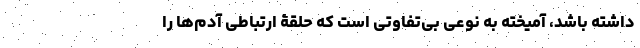
داشته باشد، آمیخته به نوعی بی‌تفاوتی است که حلقۀ ارتباطی آدم‌ها را